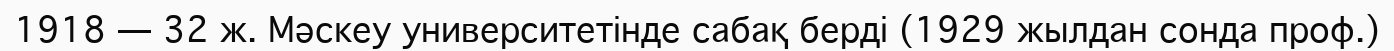
1918 — 32 ж. Мәскеу университетінде сабақ берді (1929 жылдан сонда проф.)